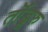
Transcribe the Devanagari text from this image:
तॊंडूरु